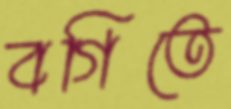
বগিতে